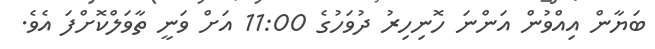
ބަޔާން އިއްވުން އަންނަ ހޮނިހިރު ދުވަހުގެ 11:00 އަށް ވަނީ ތާވަލްކޮށްފަ އެވެ.